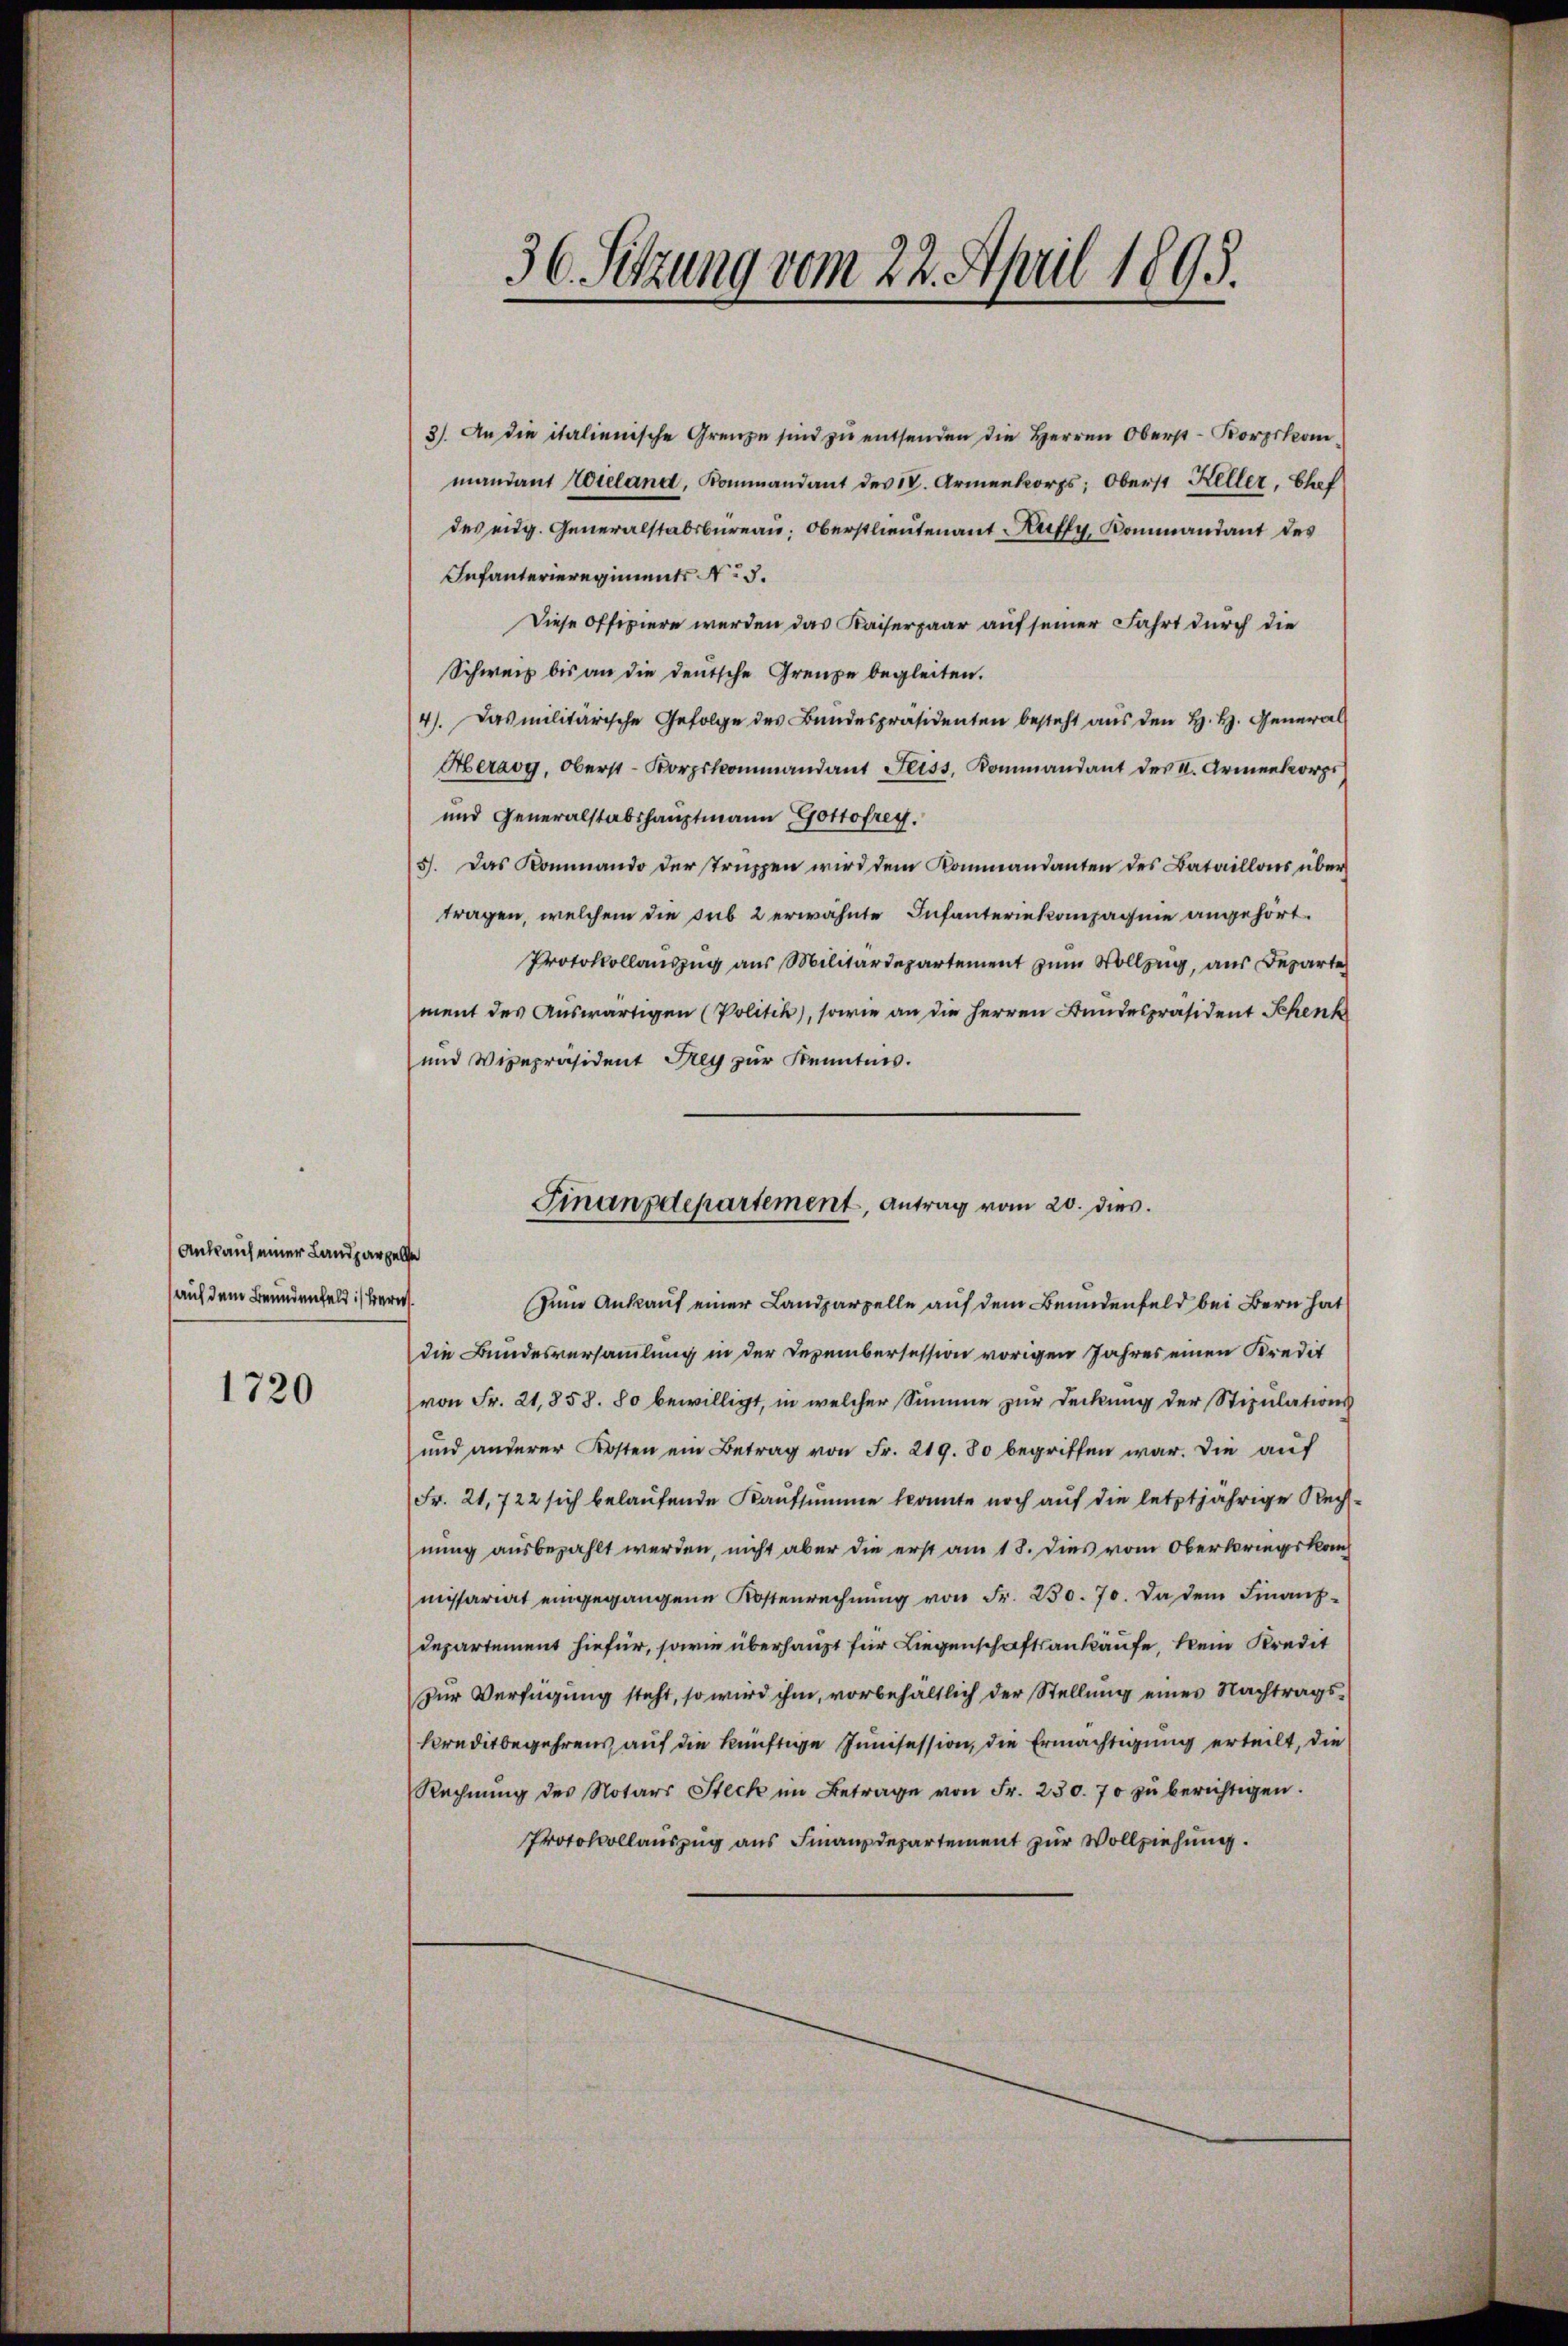
Ankauf einer Landparzelle
(auf dem Bundenfeld :/ bere

1720

3). An die italienische Grenze sind zu entsenden die Herren Oberst-Korpskom
mandant Wieland, Kommandant des IV. Armenkorps; Oberst Keller, Chef
des eidg. Generalstabsbureau, Oberstlieutenant Kuffy, Kommandant des
Infanterieregiments No 5.
Diese Offiziere werden das Kaiserpaar auf seiner Fahrt durch die
Schweiz bis an die deutsche Grenze begleiten.
4). Das militärische Gefolge des Bundespräsidenten besteht aus den H. H. General
Aerarg, Oberst- Korpskommandant Feiss, Kommandant der K. Armenkorps
und Generalstabshauptmann Gottfrey.
5). Das Kommando der Truppen wird dem Kommandanten des Bataillons über
tragen, welchem die sub 2 erwähnte Infanteriekompagnie angehört.
Protokollauszug aus Militärdepartement zum Vollzug aus Departe
ment des Auswärtigen (Politik, sowie an die Herren Bundespräsident Schenk
und Vicepräsident drey zur Kenntnis.

36. Sitzung vom 22. April 1895.

Finanzdepartement, Antrag vom 20. dies.

Zum Ankauf einer Landparzelle auf dem Beundenfeld bei Bern hat
die Bundesversammlung in der Dezembersession vorigen Jahres einen Kredit
von Fr. 21,858. 80 bewilligt, in welcher Summe zur Deckung der Stipulations
und anderer Kosten ein Betrag von Fr. 219. 80 begriffen war. Die auf
Fr. 21,722 sich belaufende Kaufsumme konnte noch auf die letztjährige Rechnung ausbezahlt werden, nicht aber die erst am 18. Dies vom Oberbringsko
missariat eingegangene Kostenrechnung von Fr. 230. 70. Da dem Finanzdepartement hiefür, sowie überhaupt für Liegenschaftsankäufe, kein Kredit
Zur Verfügung steht, so wird ihm, vorbehältlich der Stellung eines Nachtragskreditbegehrens auf die künftige Junisession, die Ermächtigung erteilt, die
Rechnŭng des Notars Steck im Betrage von Fr. 230. 70 zŭ berichtigen.
Protokollauszug aus Finanzdepartement zur Vollziehung.